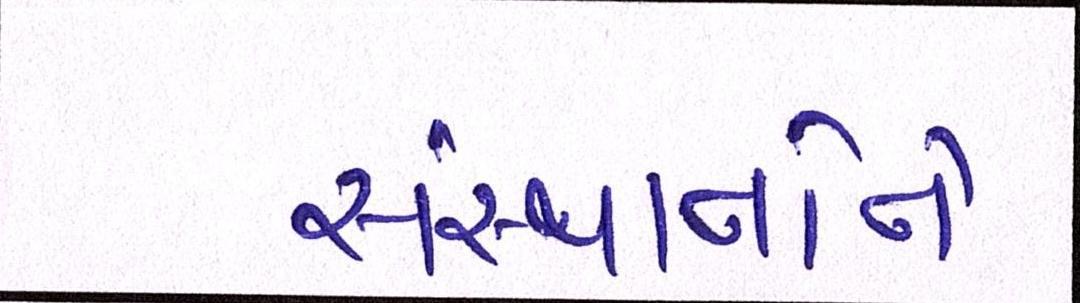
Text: સંસ્થાનોને